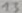
Text: 13